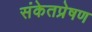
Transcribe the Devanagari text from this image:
संकेतप्रेषण